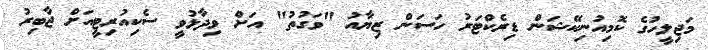
މަޖިލީހުގެ ކޮމިއުނިކޭޝަން ޑިރެކްޓަރު ހަސަން ޒިޔާއު "ވަގުތު" އަށް ވިދާޅުވީ ސެކިއުރިޓީއަށް ޖާބިރު